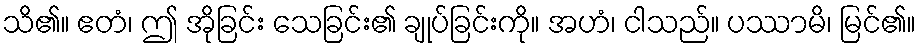
သိ၏။ ဧတံ၊ ဤ အိုခြင်း သေခြင်း၏ ချုပ်ခြင်းကို။ အဟံ၊ ငါသည်။ ပဿာမိ၊ မြင်၏။